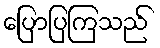
ပြောပြကြသည်